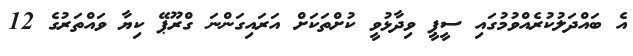
އެ ބައްދަލުކުރެއްވުމުގައި ސީޕީ ވިދާޅުވީ ކުށްތަކަށް އަރައިގަންނަ ގްރޫޕޭ ކިޔާ ވައްތަރުގެ 12